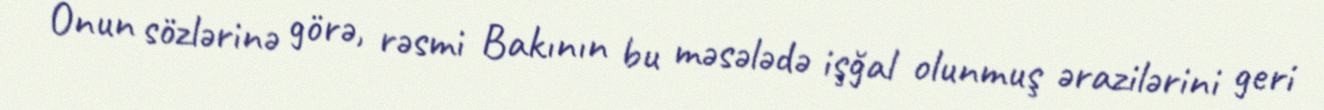
Onun sözlərinə görə, rəsmi Bakının bu məsələdə işğal olunmuş ərazilərini geri